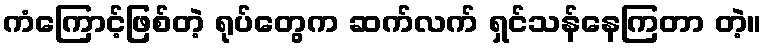
ကံကြောင့်ဖြစ်တဲ့ ရုပ်တွေက ဆက်လက် ရှင်သန်နေကြတာ တဲ့။